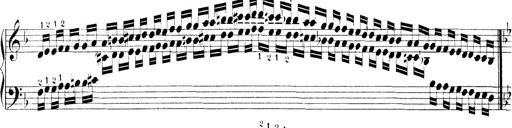
Title: Technische Studien
Composer: Franz Liszt